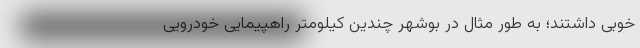
خوبی داشتند؛ به طور مثال در بوشهر چندین کیلومتر راهپیمایی خودرویی